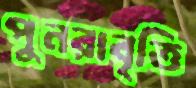
পুনরাবৃত্তি